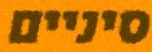
סיניים